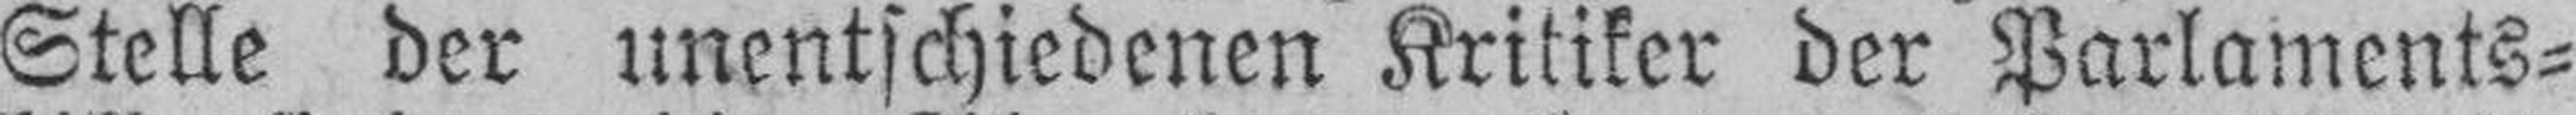
Stelle der unentschiedenen Kritiker der Parlaments¬